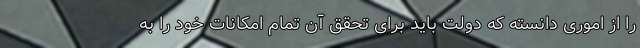
را از اموری دانسته که دولت باید برای تحقق آن تمام امکانات خود را به